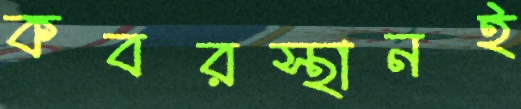
কবরস্থানই